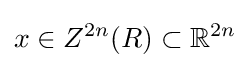
x\in Z^{2n}(R)\subset \mathbb {R} ^{2n}